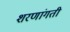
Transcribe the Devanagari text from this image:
शरणांगती